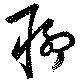
聊